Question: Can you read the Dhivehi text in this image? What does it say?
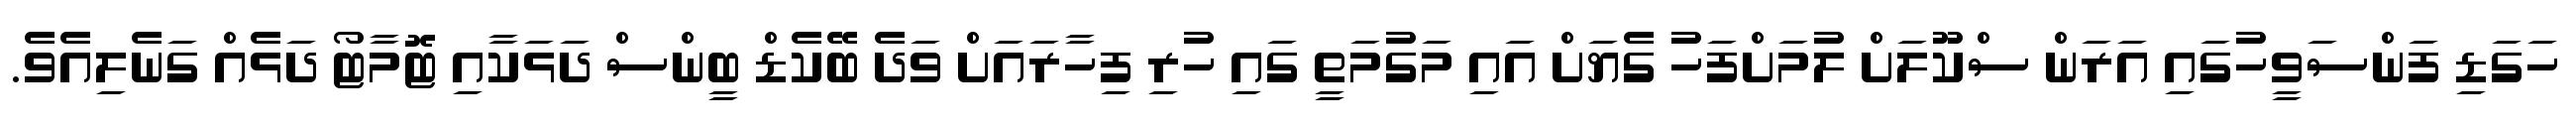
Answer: ހަގަޑި ފަންސަވީހުގައި އަރަން ސްކޫލަށް ލުމަށްފަހު ގެޔަށް އައި މަގުމަތީ ގައި ހުރި ފިހާރައަށް ވަދެ ބޭކެޑް ބީންސް ދަޅަކާއި ޓޮމާޓޯ ދަޅެއް ގަނެލިއެވެ.